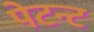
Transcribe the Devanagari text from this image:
पेटन्ट